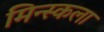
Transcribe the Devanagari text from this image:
मिन्स्कला